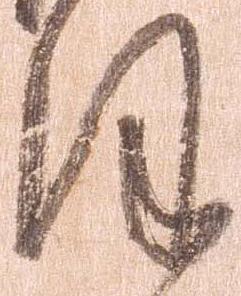
ほ